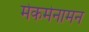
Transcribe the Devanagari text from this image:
मेकमेनामन